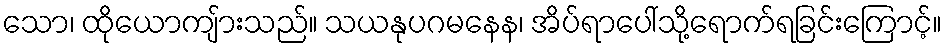
သော၊ ထိုယောကျ်ားသည်။ သယနုပဂမနေန၊ အိပ်ရာပေါ်သို့ရောက်ရခြင်းကြောင့်။